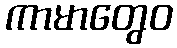
ကာမာတွေဝ